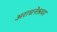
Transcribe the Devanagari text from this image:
अराधनेश्रवर